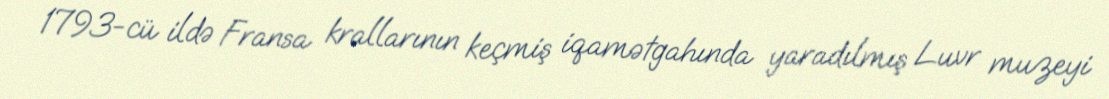
1793-cü ildə Fransa krallarının keçmiş iqamətgahında yaradılmış Luvr muzeyi